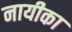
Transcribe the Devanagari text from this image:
नायीका